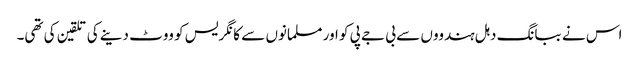
اس نے ببانگ دہل ہندووں سے بی جے پی کو اور مسلمانوں سے کانگریس کو ووٹ دینے کی تلقین کی تھی۔